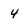
Character: 4